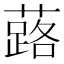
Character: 蕗